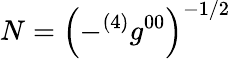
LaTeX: N=\left(-{^{(4)}g^{00}}\right)^{-1/2}